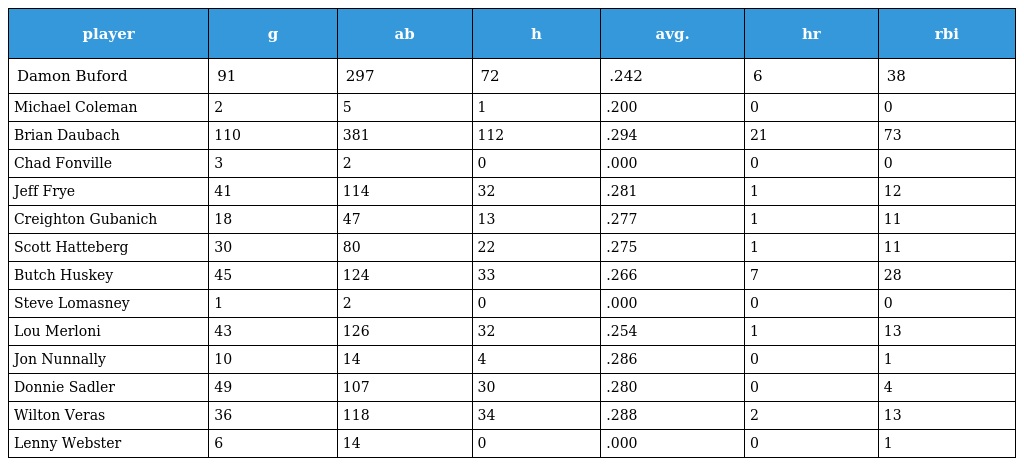
| player | g | ab | h | avg. | hr | rbi |
 | --- | --- | --- | --- | --- | --- | --- |
 | Damon Buford | 91 | 297 | 72 | .242 | 6 | 38 |
 | Michael Coleman | 2 | 5 | 1 | .200 | 0 | 0 |
 | Brian Daubach | 110 | 381 | 112 | .294 | 21 | 73 |
 | Chad Fonville | 3 | 2 | 0 | .000 | 0 | 0 |
 | Jeff Frye | 41 | 114 | 32 | .281 | 1 | 12 |
 | Creighton Gubanich | 18 | 47 | 13 | .277 | 1 | 11 |
 | Scott Hatteberg | 30 | 80 | 22 | .275 | 1 | 11 |
 | Butch Huskey | 45 | 124 | 33 | .266 | 7 | 28 |
 | Steve Lomasney | 1 | 2 | 0 | .000 | 0 | 0 |
 | Lou Merloni | 43 | 126 | 32 | .254 | 1 | 13 |
 | Jon Nunnally | 10 | 14 | 4 | .286 | 0 | 1 |
 | Donnie Sadler | 49 | 107 | 30 | .280 | 0 | 4 |
 | Wilton Veras | 36 | 118 | 34 | .288 | 2 | 13 |
 | Lenny Webster | 6 | 14 | 0 | .000 | 0 | 1 |